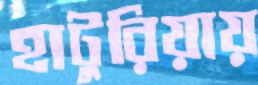
হাটুরিয়ায়